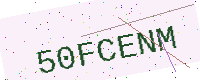
Text: 50FCENM